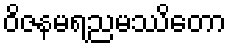
ဝိဇနမရညမဿိတော